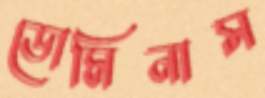
ডোমিনাস